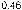
0.46